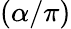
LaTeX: (\alpha/\pi)